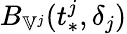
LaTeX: B_{\mathbb{V}^{j}}(t_{*}^{j},\delta_{j})